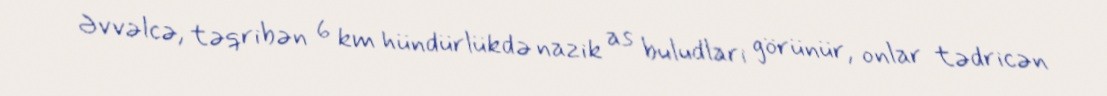
Əvvəlcə, təqribən 6 km hündürlükdə nazik as buludlari görünür, onlar tədricən